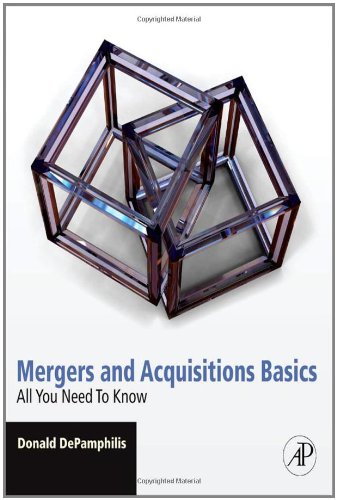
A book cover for Mergers and Acquisitions Basics: All You Need To Know; Donald DePamphilis; Business & Money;